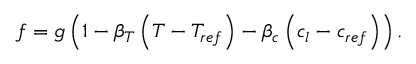
\boldsymbol { f } = \boldsymbol { g } \left( 1 - \beta _ { T } \left( T - T _ { r e f } \right) - \beta _ { c } \left( c _ { l } - c _ { r e f } \right) \right) .